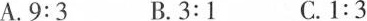
A.$$9 : 3$$ B.$$3 : 1$$ C.$$1 : 3$$